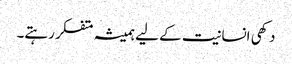
دکھی انسانیت کے لیے ہمیشہ متفکر رہتے۔